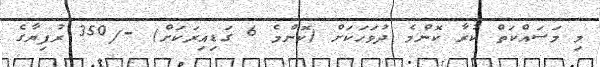
މި މަސައްކަތް ކުރާ ކޮންމެ ދުވަހަކަށް (ކޮންމެ 6 ގަޑިއިރަކަށް) -/350 ރުފިޔާގެ